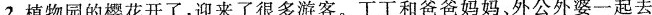
2.植物园的樱花开了，迎来了很多游客。丁丁和爸爸妈妈、外公外婆一起去